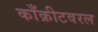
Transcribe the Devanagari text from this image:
काँक्रीटवरल